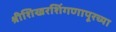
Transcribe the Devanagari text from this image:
श्रीशिखरशिंगणापूरच्या